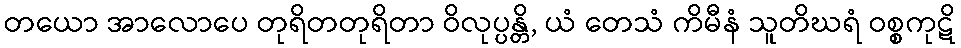
တယော အာလောပေ တုရိတတုရိတာ ဝိလုပ္ပန္တိ, ယံ တေသံ ကိမီနံ သူတိဃရံ ဝစ္စကုဋိ